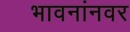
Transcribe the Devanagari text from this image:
भावनांनवर